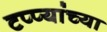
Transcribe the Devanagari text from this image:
टप्प्यांच्या